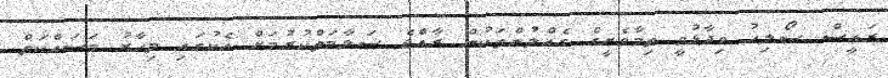
ރައީސް ސޯލިހު ވިދާޅުވީ ތިމާވެށީގެ ގެއްލުންތަކުން ރާއްޖެ ސަލާމަތްކުރުމަށް އެކުގައި މިހާރު މަސައްކަތް